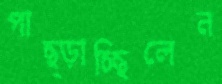
পাছ্‌ড়াচ্ছিলেন